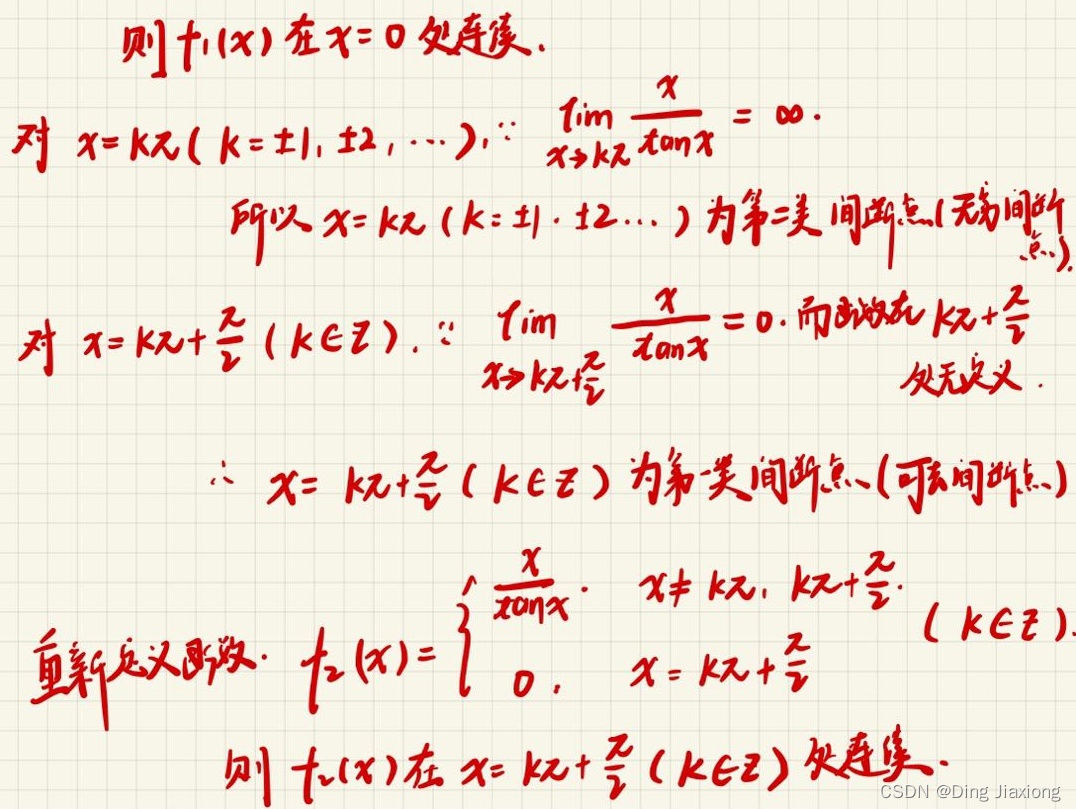
则$f_1(x)$在$x = 0$处连续.

对$x = k\pi(k = \pm1, \pm2, \cdots)$，$\because \lim_{x \to k\pi} \frac{x}{\tan x} = \infty$.

所以$x = k\pi(k = \pm1, \pm2, \cdots)$为第二类间断点(无穷间断点).

对$x = k\pi + \frac{\pi}{2}(k \in \mathbb{Z})$，$\because \lim_{x \to k\pi + \frac{\pi}{2}} \frac{x}{\tan x} = 0$，而函数在$k\pi + \frac{\pi}{2}$处无定义.

$\therefore x = k\pi + \frac{\pi}{2}(k \in \mathbb{Z})$为第一类间断点(可去间断点).

重新定义函数：$f_2(x) =
\begin{cases}
\frac{x}{\tan x}, & x \neq k\pi, k\pi + \frac{\pi}{2}, (k \in \mathbb{Z}) \\
0, & x = k\pi + \frac{\pi}{2}
\end{cases}$

则$f_2(x)$在$x = k\pi + \frac{\pi}{2}(k \in \mathbb{Z})$处连续.